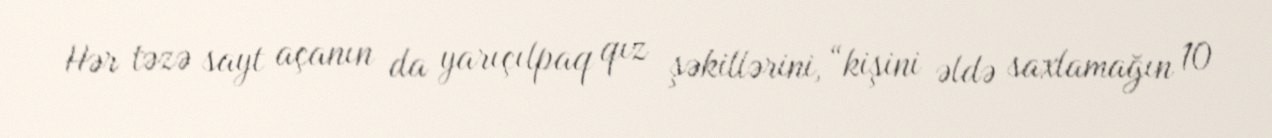
Hər təzə sayt açanın da yarıçılpaq qız şəkillərini, “kişini əldə saxlamağın 10